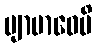
ဗျာဗာဓေမိ